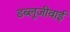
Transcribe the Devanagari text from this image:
डब्लूजीवाई